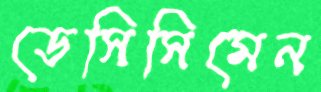
ডেসিসিমেন